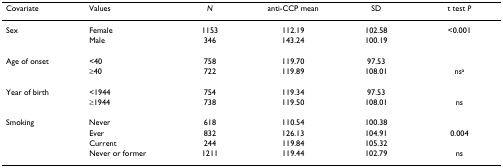
<table><thead><tr><td><b>Covariate</b></td><td><b>Values</b></td><td><b><i>N</i></b></td><td><b>anti-CCP mean</b></td><td><b>SD</b></td><td><b>t test <i>P</i></b></td></tr></thead><tbody><tr><td>Sex</td><td>Female</td><td>1153</td><td>112.19</td><td>102.58</td><td>&lt;0.001</td></tr><tr><td></td><td>Male</td><td>346</td><td>143.24</td><td>100.19</td><td></td></tr><tr><td>Age of onset</td><td>&lt;40</td><td>758</td><td>119.70</td><td>97.53</td><td></td></tr><tr><td></td><td>≥40</td><td>722</td><td>119.89</td><td>108.01</td><td>ns<sup>a</sup></td></tr><tr><td>Year of birth</td><td>&lt;1944</td><td>754</td><td>119.34</td><td>97.53</td><td></td></tr><tr><td></td><td>≥1944</td><td>738</td><td>119.50</td><td>108.01</td><td>ns</td></tr><tr><td>Smoking</td><td>Never</td><td>618</td><td>110.54</td><td>100.38</td><td></td></tr><tr><td></td><td>Ever</td><td>832</td><td>126.13</td><td>104.91</td><td>0.004</td></tr><tr><td></td><td>Current</td><td>244</td><td>119.84</td><td>105.32</td><td></td></tr><tr><td></td><td>Never or former</td><td>1211</td><td>119.44</td><td>102.79</td><td>ns</td></tr></tbody></table>